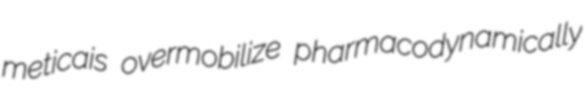
meticais overmobilize pharmacodynamically